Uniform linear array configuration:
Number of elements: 32
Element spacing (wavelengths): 0.75
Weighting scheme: hann
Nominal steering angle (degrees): -15
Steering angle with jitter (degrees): -15.698
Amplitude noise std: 0.05
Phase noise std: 0.05

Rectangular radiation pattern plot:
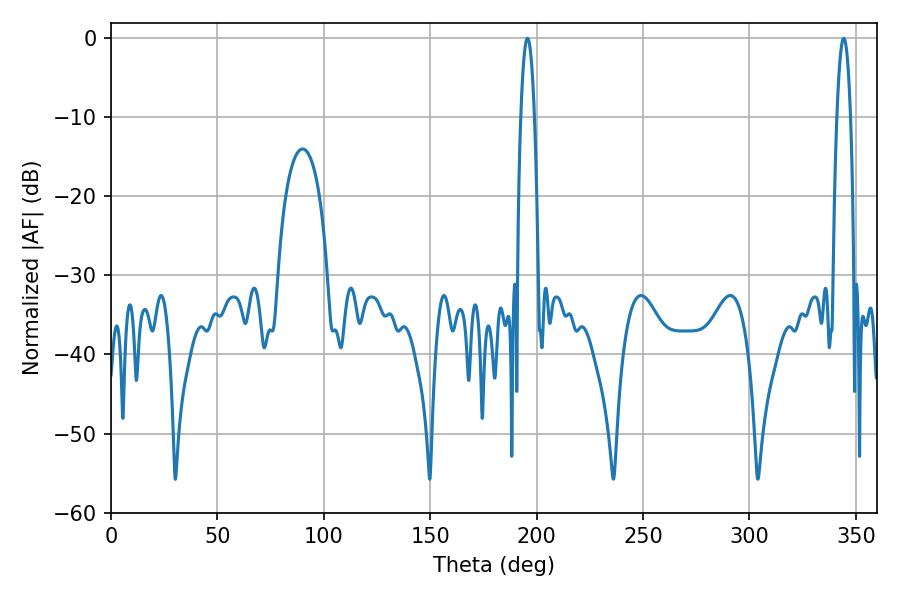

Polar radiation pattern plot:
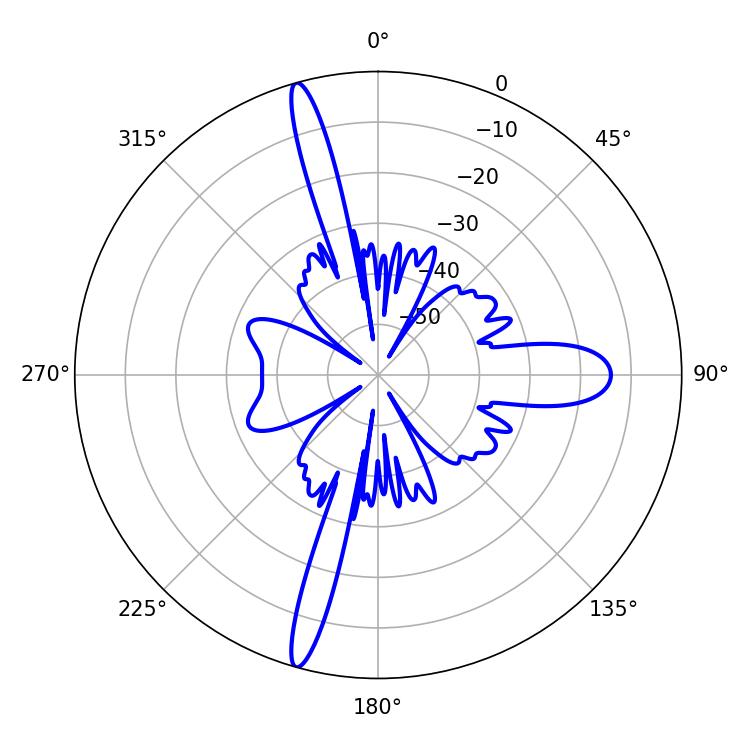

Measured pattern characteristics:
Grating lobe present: TRUE
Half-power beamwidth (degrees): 3.42
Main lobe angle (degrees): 195.66